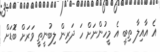
އެ އާއިލާ ތިބީ އެ މީހުންނަށް ހަ ދަރިން ލިބުނީތީ ވަރަށް ބޮަޑަށް